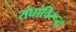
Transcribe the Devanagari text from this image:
संघांविरूद्ध